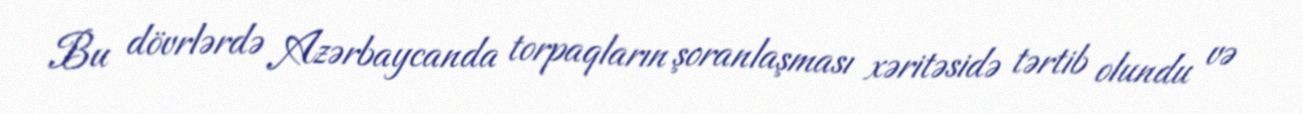
Bu dövrlərdə Azərbaycanda torpaqların şoranlaşması xəritəsidə tərtib olundu və